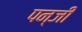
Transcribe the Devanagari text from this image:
पन्जी